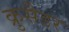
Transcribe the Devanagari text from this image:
क्रुसैडर